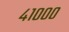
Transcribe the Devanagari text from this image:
४१०००